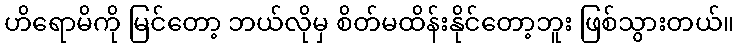
ဟိရောမိကို မြင်တော့ ဘယ်လိုမှ စိတ်မထိန်းနိုင်တော့ဘူး ဖြစ်သွားတယ်။